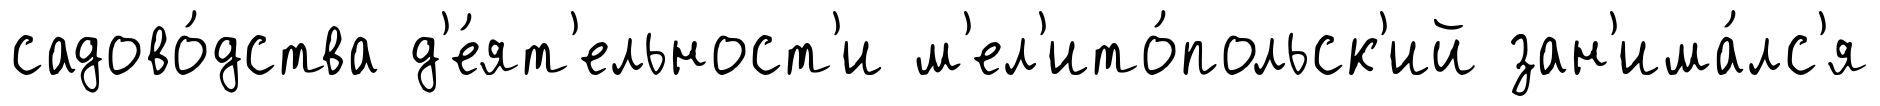
садово́дства д'е́ят'ельност'и м'ел'ито́польск'ий зан'има́лс'я